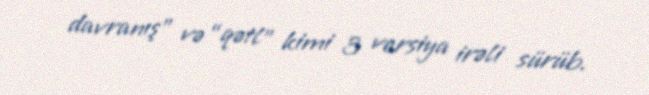
davranış” və “qətl” kimi 3 versiya irəli sürüb.